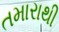
તમારાથી